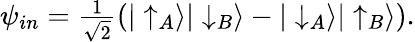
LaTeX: \psi_{in}={\textstyle\frac{1}{\sqrt{2}}}(|\uparrow_{A}\rangle|\downarrow_{B}\rangle-|\downarrow_{A}\rangle|\uparrow_{B}\rangle).